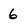
Character: 6